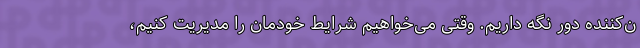
ن‌کننده دور نگه داریم. وقتی می‌خواهیم شرایط خودمان را مدیریت کنیم،